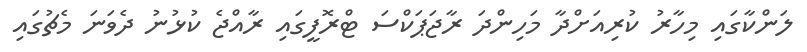
ލަންކާގައި މިހާރު ކުރިއަށްދާ މަހިންދަ ރާޖަޕަކްސަ ޓްރޮފީގައި ރާއްޖެ ކުޅުނު ދެވަނަ މެޗުގައި